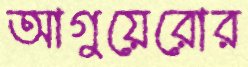
আগুয়েরোর